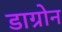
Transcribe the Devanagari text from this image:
डाग्रोन